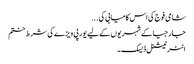
شامی فوج کی اس کامیابی کی ...
جارجیا کے شہریوں کے لیے یورپی ویزے کی شرط ختم
انٹر نیشنل ڈیسک۔